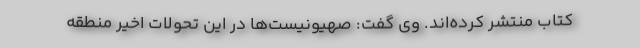
کتاب منتشر کرده‌اند. وی گفت: صهیونیست‌ها در این تحولات اخیر منطقه